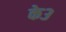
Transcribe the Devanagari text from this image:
के३